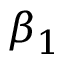
\beta _ { 1 }